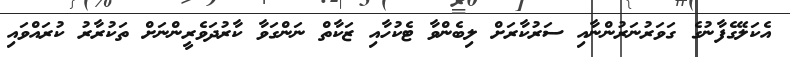
އެކަލޭގެފާނުގެ ގަވަރުނަރުންނާއި ސަރުކާރަށް ލިބެންވާ ޓެކުހާއި ޒަކާތް ނަންގަވާ ކާރުދަވެރީންނަށް ތަކުރާރު ކުރައްވައި